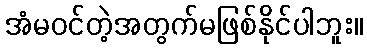
အံမဝင်တဲ့အတွက်မဖြစ်နိုင်ပါဘူး။